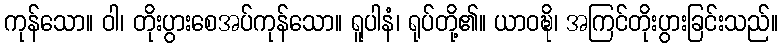
ကုန်သော။ ဝါ၊ တိုးပွားစေအပ်ကုန်သော။ ရူပါနံ၊ ရုပ်တို့၏။ ယာဝဍ္ဎိ၊ အကြင်တိုးပွားခြင်းသည်။